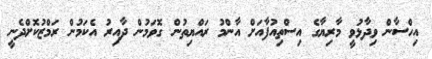
އިހްސާން ވިދާޅުވީ މާރިޔާގެ އިސްތިއުފާއަށް އާންމު ރައްޔިތުން ގޮވަމުން ދާއިރު އެކަމުން ރަމްޒުކޮށްދެނީ